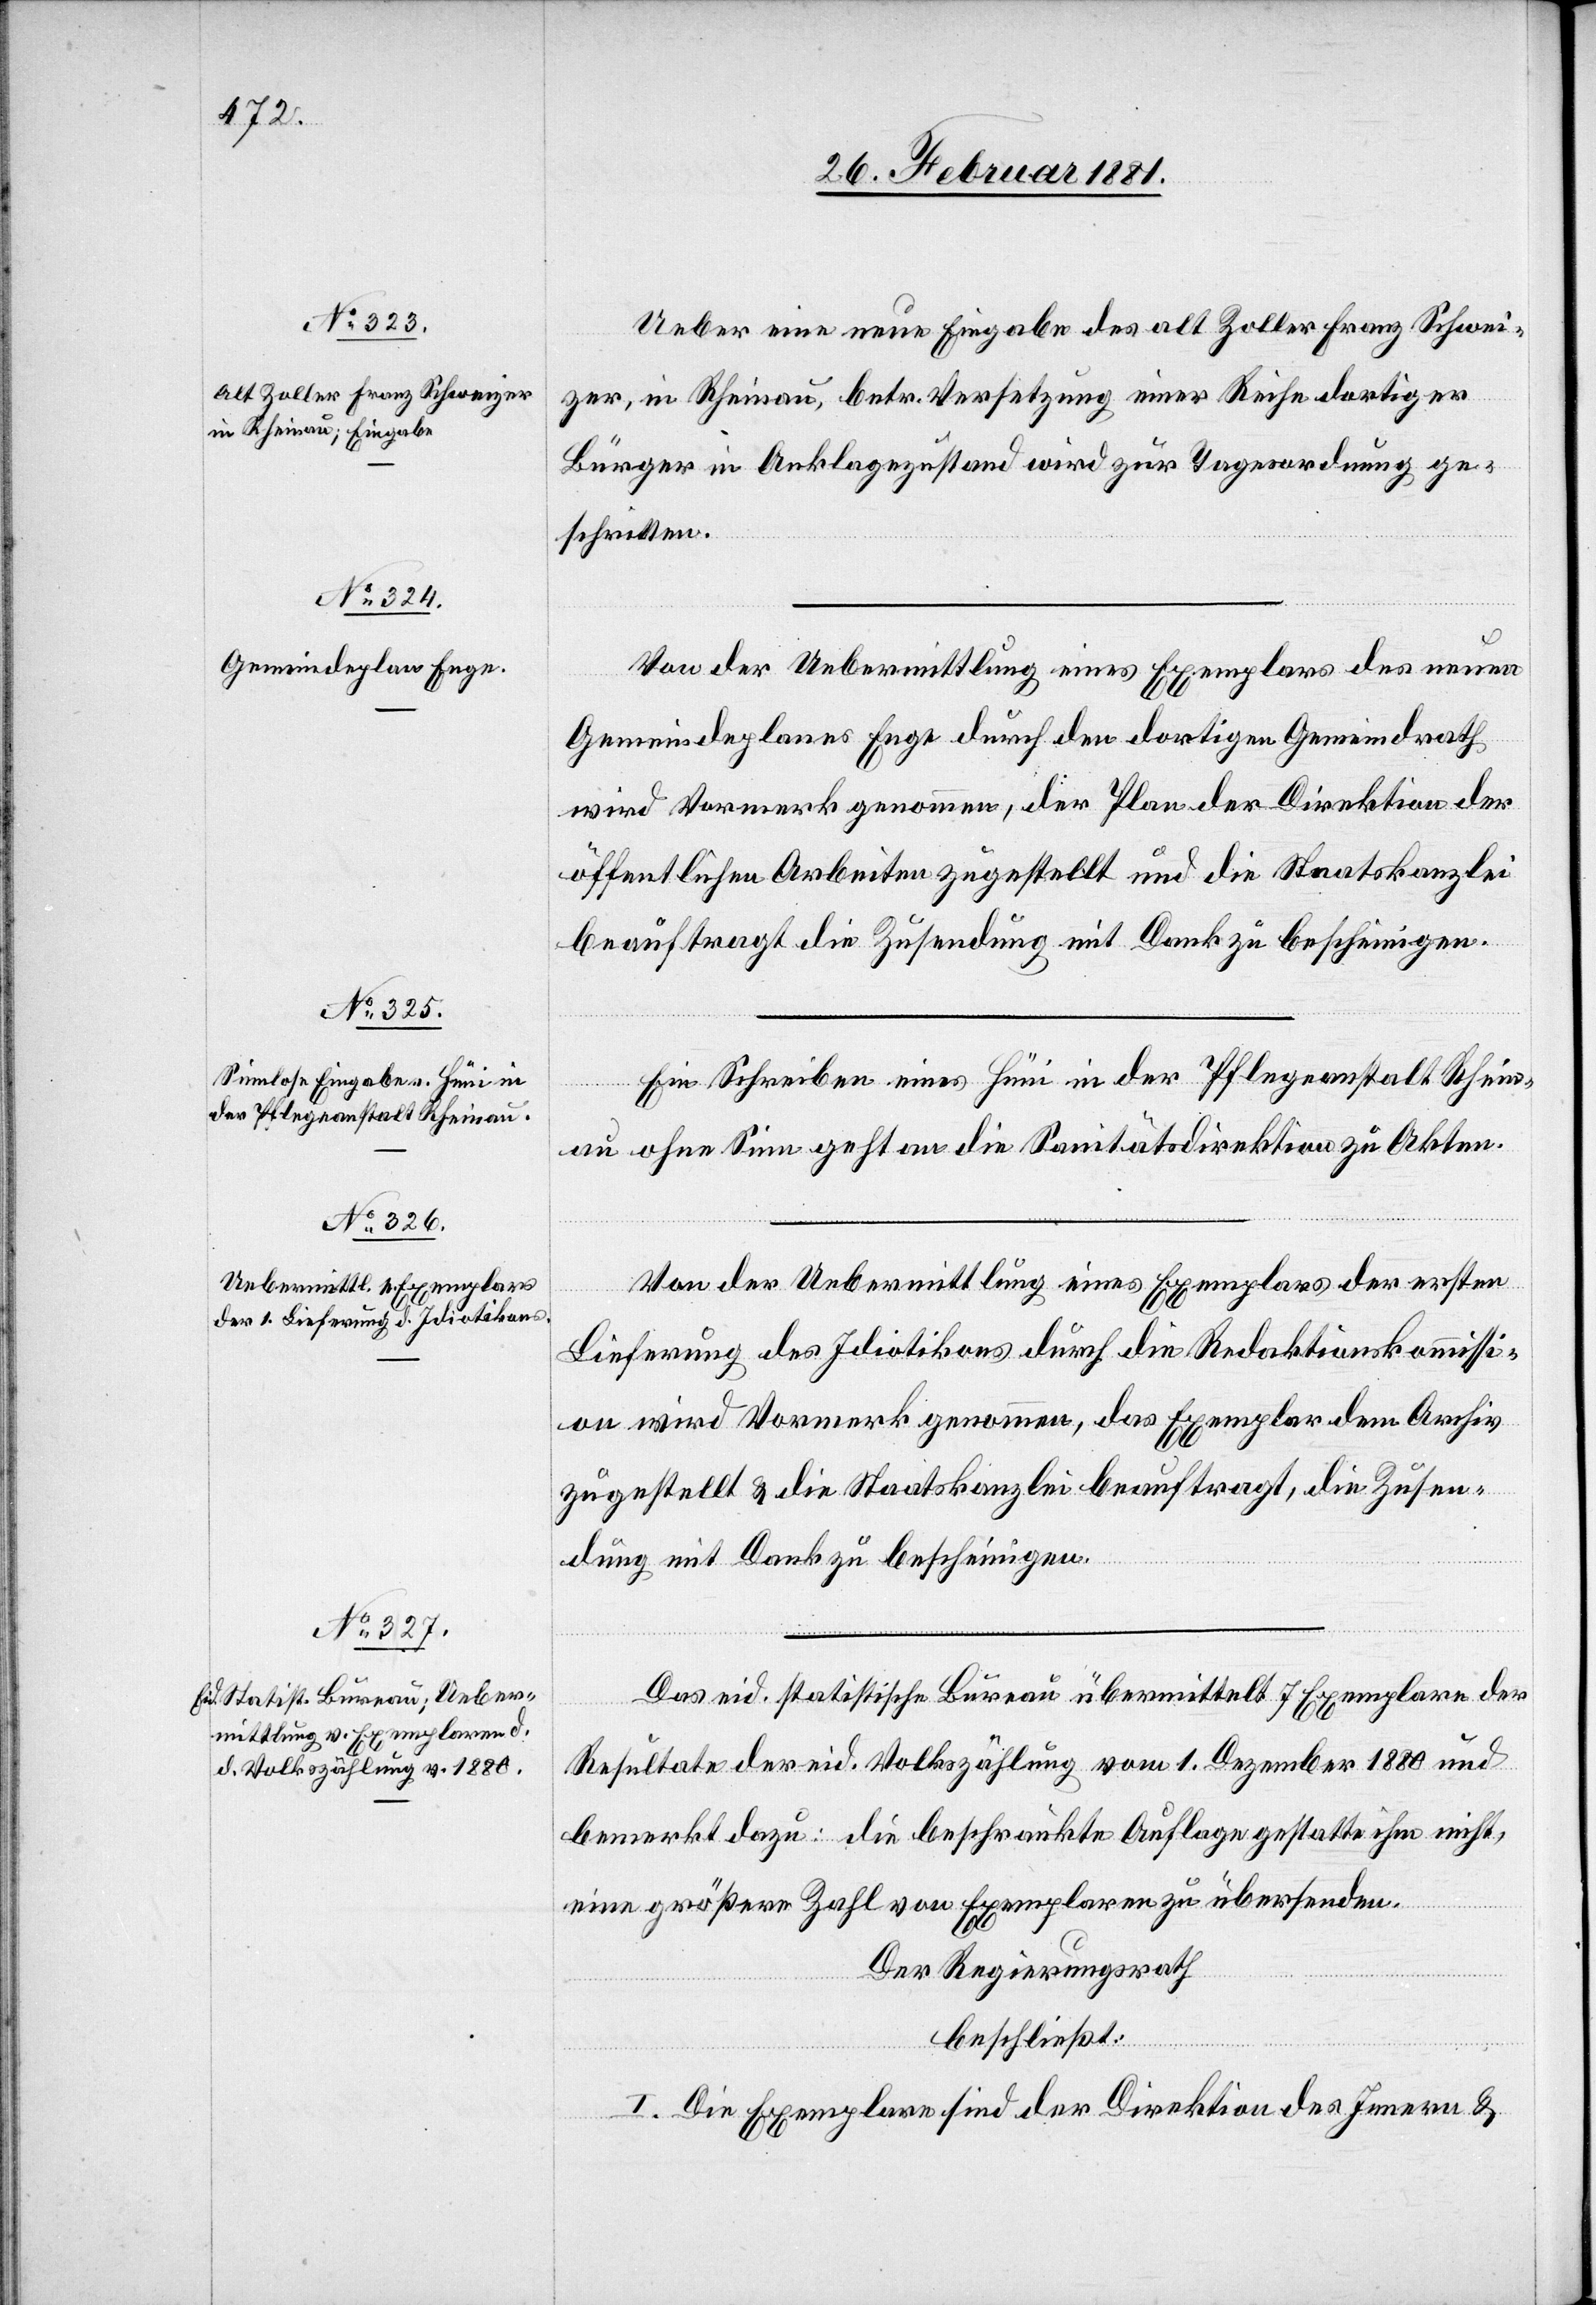
Ueber eine neue Eingabe des alt Zoller Franz Schwei¬
zer, in Rheinau, betr. Versetzung einer Reihe dortiger
Bürger in Anklagezustand wird zur Tagesordnung ge¬
schritten.
Von der Uebermittlung eines Exemplars des neuen
Gemeindeplanes Enge durch den dortigen Gemeindrath
wird Vormerk genommen, der Plan der Direktion der
öffentlichen Arbeiten zugestellt und die Staatskanzlei
beauftragt die Zusendung mit Dank zu bescheinigen.
Ein Schreiben eines Hüni in der Pflegeanstalt Rhein¬
au ohne Sinn geht an die Sanitätsdirektion zu Akten.
Von der Uebermittlung eines Exemplars der ersten
Lieferung des Idiotikons durch die Redaktionskommissi¬
on wird Vormerk genommen, das Exemplar dem Archiv
zugestellt & die Staatskanzlei beauftragt, die Zusen¬
dung mit Dank zu bescheinigen.
Das eid. statistische Bureau übermittelt 7 Exemplare der
Resultate der eid. Volkszählung vom 1. Dezember 1880 und
bemerkt dazu: die beschränkte Auflage gestatte ihm nicht
eine größere Zahl von Exemplaren zu übersenden.
Der Regierungsrath
beschließt:
I. Die Exemplare sind der Direktion des Innern &